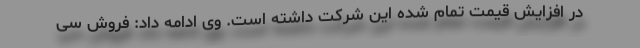
در افزایش قیمت تمام شده این شرکت داشته است. وی ادامه داد: فروش سی